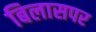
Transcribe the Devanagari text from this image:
बिलासपर